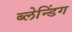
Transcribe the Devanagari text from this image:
ब्लेन्डिंग